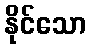
နိုင်သော